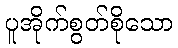
ပူအိုက်စွတ်စိုသော